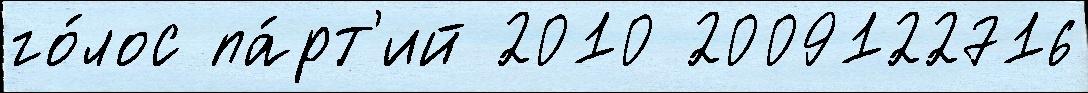
го́лос па́рт'ий 2010 2009122716